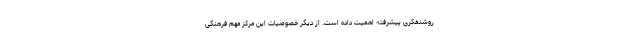
روشنفکری پیشرفته اهمیت ‌داده است. از دیگر خصوصیات این مرکز مهم فرهنگی